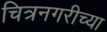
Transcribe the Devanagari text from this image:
चित्रनगरीच्या